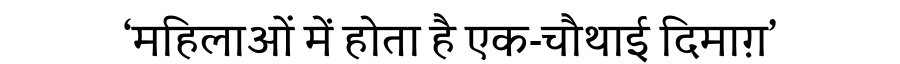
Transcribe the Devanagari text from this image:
‘महिलाओं में होता है एक-चौथाई दिमाग़’